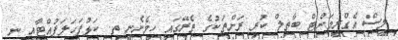
ލީސް އެގްރީމަންޓް ބާތިލް ކުރި ރަށްތަކުގެ ތެރޭގައި ހިމެނެނީ ތ. ކަޅުފަހަލަފުއްޓާއި ނ.